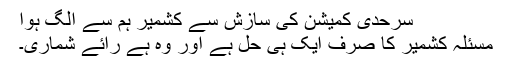
سرحدی کمیشن کی سازش سے کشمیر ہم سے الگ ہوا
مسئلہ کشمیر کا صرف ایک ہی حل ہے اور وہ ہے رائے شماری۔